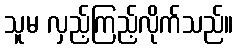
သူမ လှည့်ကြည့်လိုက်သည်။